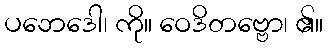
ပဘေဒေါ၊ ကို။ ဝေဒိတဗ္ဗော၊ ၏။